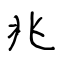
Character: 兆